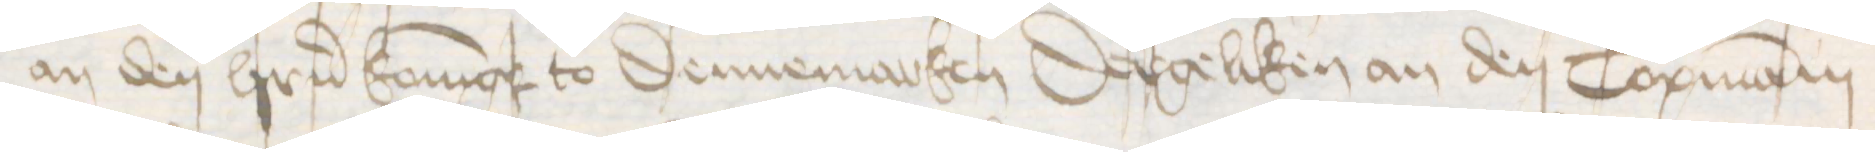
an den herrn Koningk to Dennemarken Dergeliken an den Copmanni